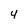
Character: 4